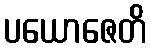
ပယောဇေတိ